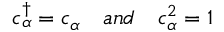
c _ { \alpha } ^ { \dagger } = c _ { \alpha } \ \ \ a n d \ \ \ c _ { \alpha } ^ { 2 } = 1